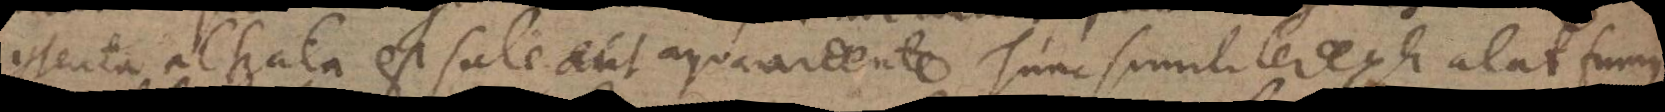
contenta alterata est sale aut aqua ardente. Tunc similiter exhalat fumus